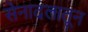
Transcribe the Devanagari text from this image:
सेनादलातून